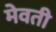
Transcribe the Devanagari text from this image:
मेवती